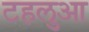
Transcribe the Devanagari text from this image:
टहलुआ